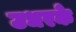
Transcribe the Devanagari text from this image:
उधरके